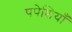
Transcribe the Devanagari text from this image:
पपेशियाँ